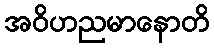
အဝိဟညမာနောတိ